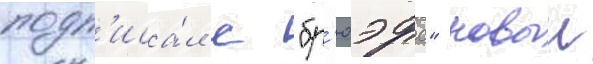
подп'иса́л с "бр'юэрс" новыи